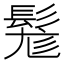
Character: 𩭒